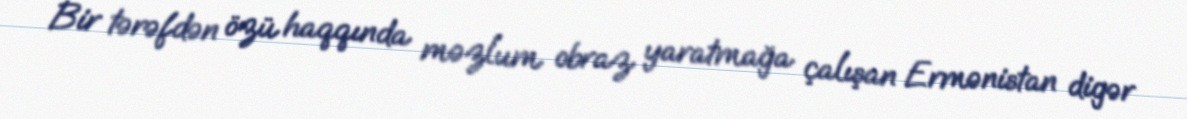
Bir tərəfdən özü haqqında məzlum obraz yaratmağa çalışan Ermənistan digər